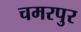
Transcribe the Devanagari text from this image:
चमरपुर